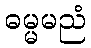
ဓမ္မမညံ